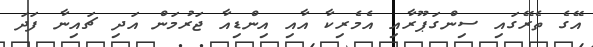
އޭގެ ތެރޭގައި ސިންގަޕޫރާއި އެމެރިކާ އާއި އިންޑިއާ ޖަރުމަން އަދި ޗައިނާ ފަދަ